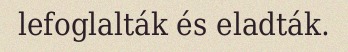
lefoglalták és eladták.